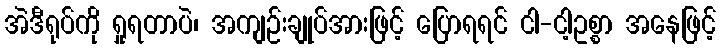
အဲဒီရုပ်ကို ရှုရတာပဲ၊ အကျဉ်းချုပ်အားဖြင့် ပြောရရင် ငါ-ငါ့ဥစ္စာ အနေဖြင့်